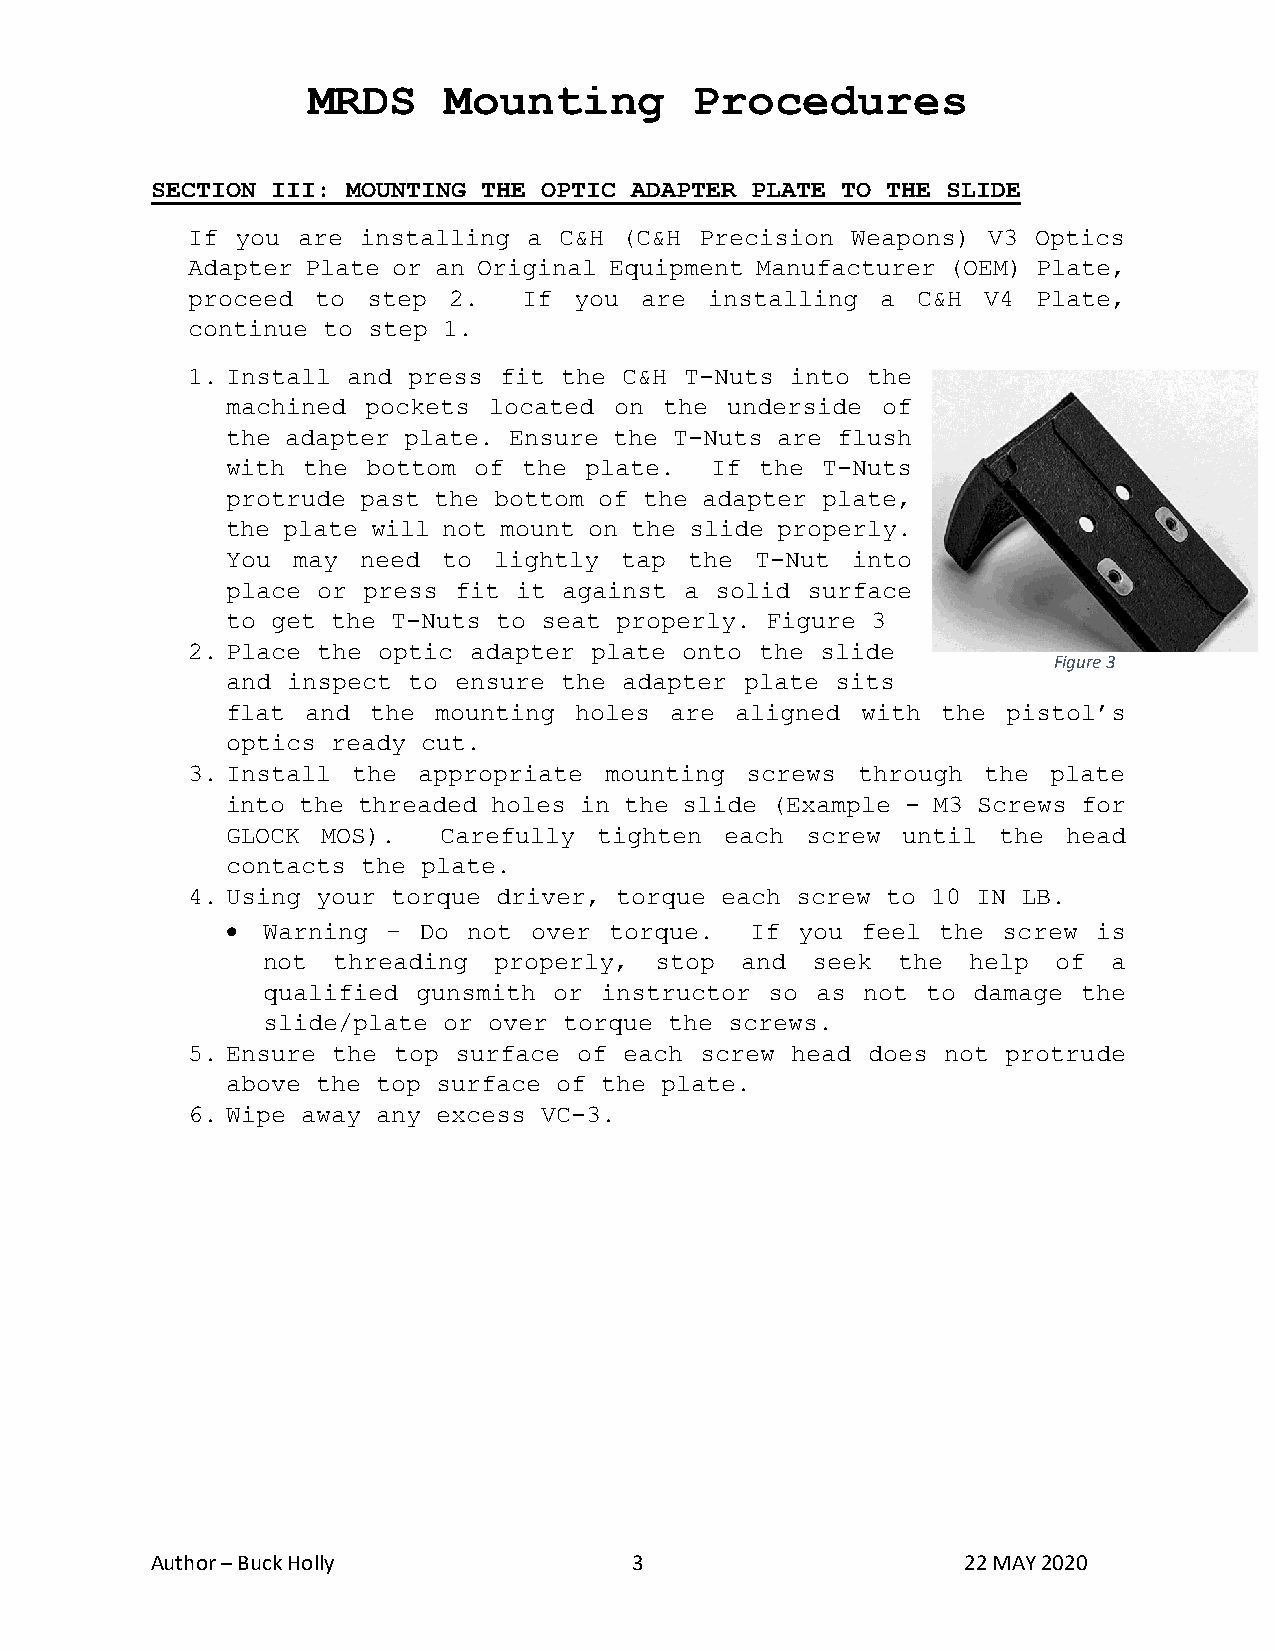
MRDS     Mounting         Procedures
 SECTION III: MOUNTING THE OPTIC ADAPTER PLATE TO THE SLIDE
 If  you are installing a C&H (C&H Precision Weapons) V3  Optics
 Adapter Plate or an Original Equipment Manufacturer (OEM) Plate,
 proceed  to step  2.   If you are  installing a  C&H V4  Plate,
 continue to step 1.
 1. Install and press fit the C&H T-Nuts into the
 machined pockets located  on the underside of
 the adapter plate. Ensure the T-Nuts are flush
 with the bottom of  the plate.  If the T-Nuts
 protrude past the bottom of the adapter plate,
 the plate will not mount on the slide properly.
 You may  need to  lightly tap  the T-Nut into
 place or press fit it against a solid surface
 to get the T-Nuts to seat properly. Figure 3
 2. Place the optic adapter plate onto the slide
 Figure 3
 and inspect to ensure the adapter plate sits
 flat and  the mounting holes are  aligned with the  pistol’s
 optics ready cut.
 3. Install the  appropriate mounting screws  through the  plate
 into the threaded holes in the slide (Example - M3 Screws for
 GLOCK MOS).   Carefully  tighten each screw  until the  head
 contacts the plate.
 4. Using your torque driver, torque each screw to 10 IN LB.
 • Warning  – Do not over torque.   If you feel the screw  is
 not  threading  properly, stop  and  seek the  help  of  a
 qualified  gunsmith or instructor so as not to damage  the
 slide/plate or over torque the screws.
 5. Ensure the top surface of each screw head does not  protrude
 above the top surface of the plate.
 6. Wipe away any excess VC-3.
 Author – Buck Holly             3                     22 MAY 2020